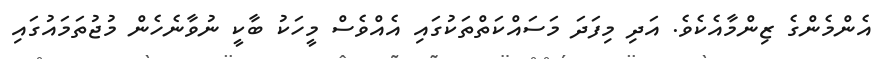
އެންމެންގެ ޒިންމާއެކެވެ. އަދި މިފަދަ މަސައްކަތްތަކުގައި އެއްވެސް މީހަކު ބާކީ ނުވާނެހެން މުޖުތަމައުގައި